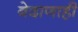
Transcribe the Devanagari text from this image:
बेदाणाही